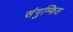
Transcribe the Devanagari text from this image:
संगुम्फित